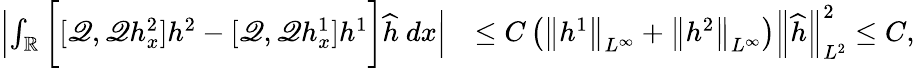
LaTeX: \begin{array}{rl}{\left|\int_{\mathbb R}\bigg[[\mathscr{Q},\mathscr{Q}h_{x}^{2}]h^{2}-[\mathscr{Q},\mathscr{Q}h_{x}^{1}]h^{1}\bigg]\widehat{h}\ dx\right|}&{\leq C\left(\left\| h^{1}\right\| _{L^{\infty}}+\left\| h^{2}\right\| _{L^{\infty}}\right)\left\| \widehat{h}\right\| _{L^{2}}^{2}\leq C,}\end{array}